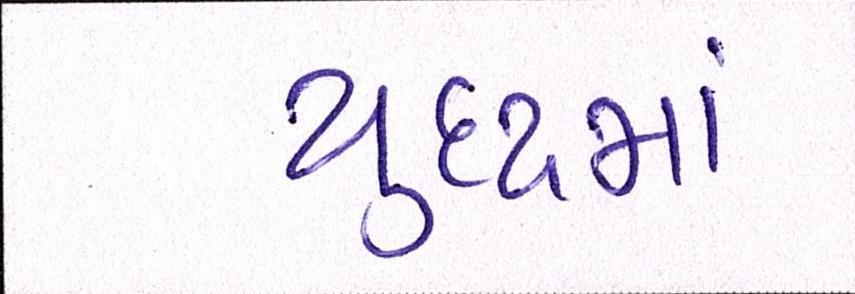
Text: યુદ્ધમાં